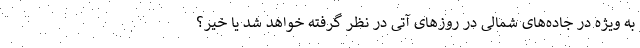
به ویژه در جاده‌های شمالی در روزهای آتی در نظر گرفته خواهد شد یا خیر؟